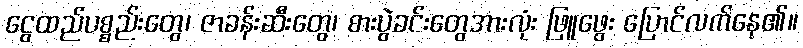
ငွေထည်ပစ္စည်းတွေ၊ ဇာခန်းဆီးတွေ၊ စားပွဲခင်းတွေအားလုံး ဖြူဖွေး ပြောင်လက်နေ၏။